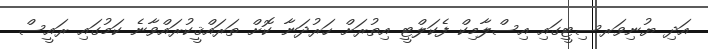
އަދި ޔުނިވަރސިޓީގައި އިސްލާމިކް ފެކަލްޓީ އިތުރަށް ހަރުދަނާ ކޮށް ތަރައްޤީކުރައްވާނެ ކަމުގައި ރައީސް